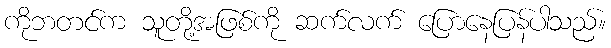
ကိုဘတင်က သူတို့အဖြစ်ကို ဆက်လက် ပြောနေပြန်ပါသည်။